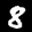
Label: 8